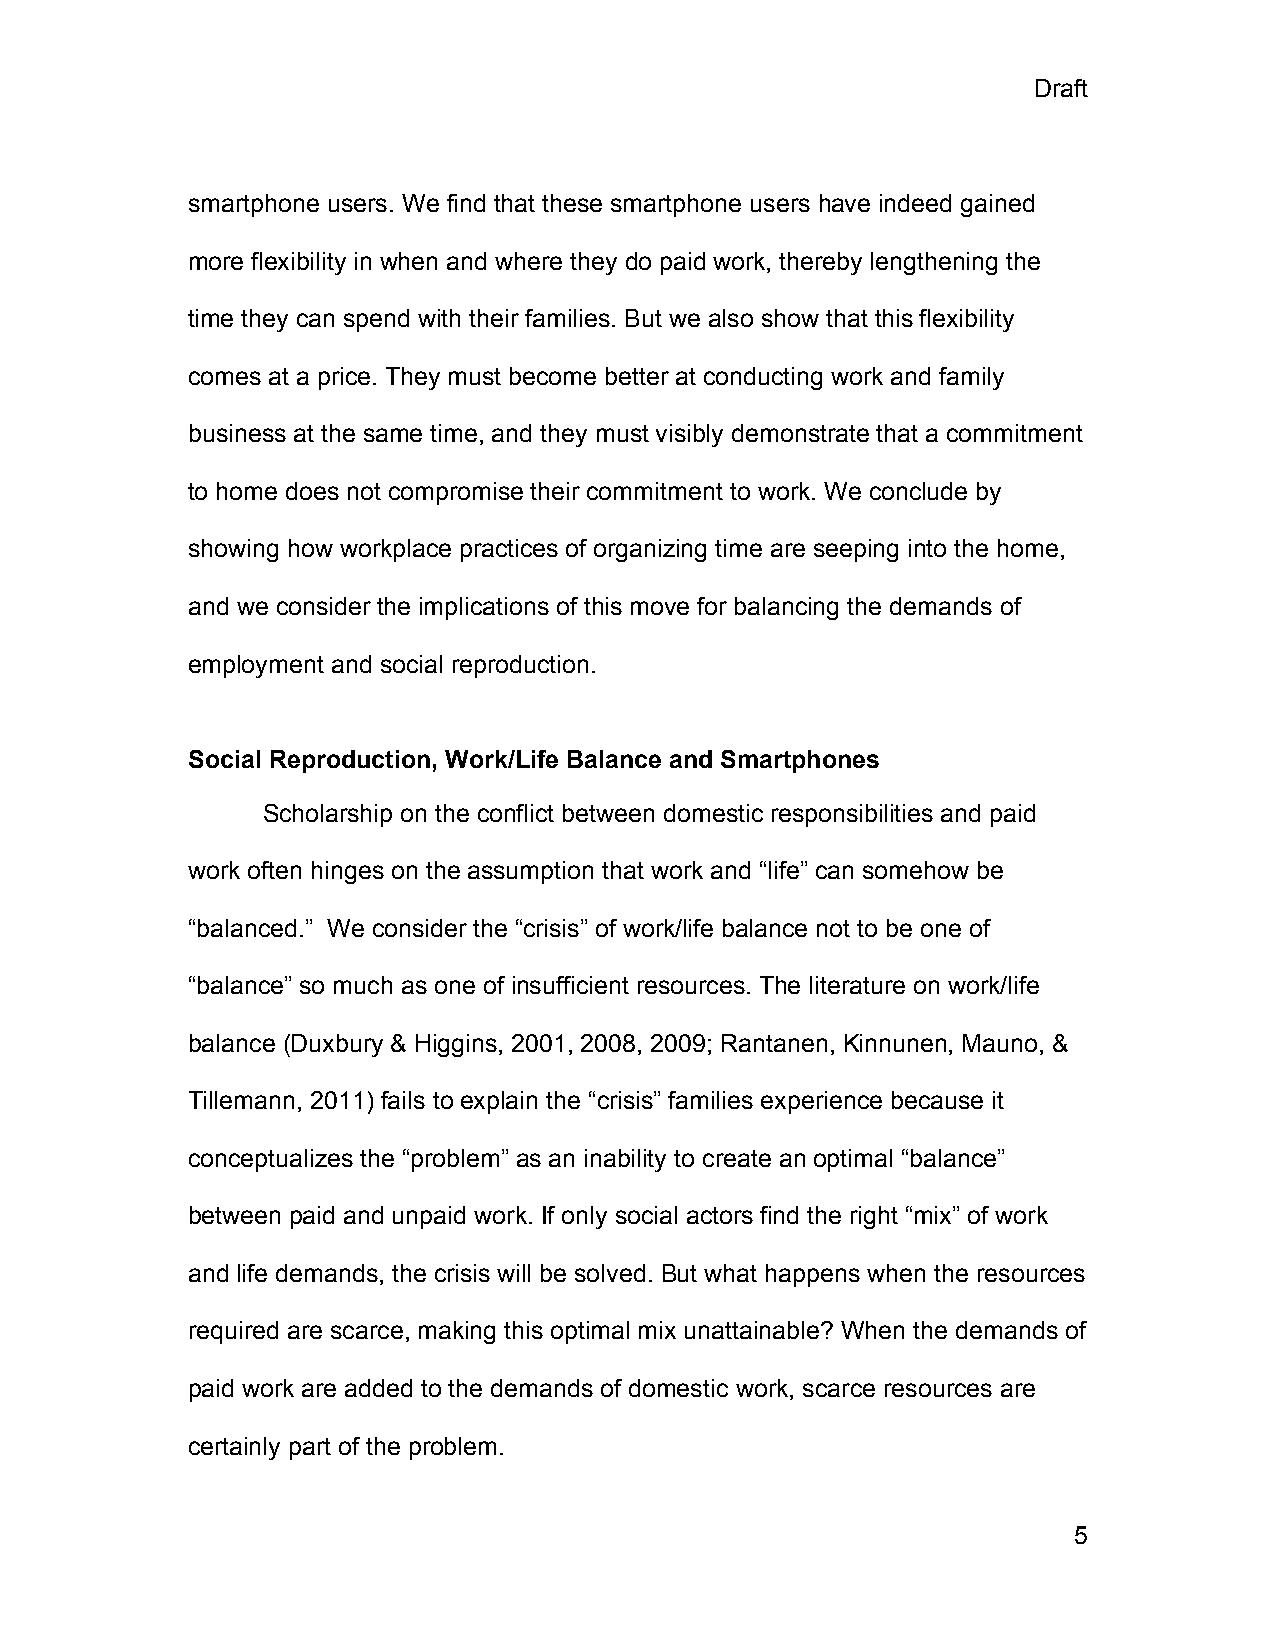
Draft
 smartphone users. We find that these smartphone users have indeed gained
 more flexibility in when and where they do paid work, thereby lengthening the
 time they can spend with their families. But we also show that this flexibility
 comes at a price. They must become better at conducting work and family
 business at the same time, and they must visibly demonstrate that a commitment
 to home does not compromise their commitment to work. We conclude by
 showing how workplace practices of organizing time are seeping into the home,
 and we consider the implications of this move for balancing the demands of
 employment and social reproduction.
 Social Reproduction, Work/Life Balance and Smartphones
 Scholarship on the conflict between domestic responsibilities and paid
 work often hinges on the assumption that work and “life” can somehow be
 “balanced.” We consider the “crisis” of work/life balance not to be one of
 “balance” so much as one of insufficient resources. The literature on work/life
 balance (Duxbury & Higgins, 2001, 2008, 2009; Rantanen, Kinnunen, Mauno, &
 Tillemann, 2011) fails to explain the “crisis” families experience because it
 conceptualizes the “problem” as an inability to create an optimal “balance”
 between paid and unpaid work. If only social actors find the right “mix” of work
 and life demands, the crisis will be solved. But what happens when the resources
 required are scarce, making this optimal mix unattainable? When the demands of
 paid work are added to the demands of domestic work, scarce resources are
 certainly part of the problem.
 5